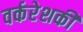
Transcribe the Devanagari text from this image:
वर्करेशकी